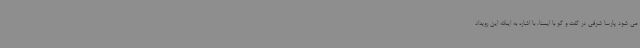
می شود پارسا شرفی در گفت و گو با ایسنا، با اشاره به اینکه این رویداد